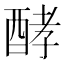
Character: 酵